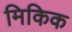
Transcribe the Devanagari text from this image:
मिकिक